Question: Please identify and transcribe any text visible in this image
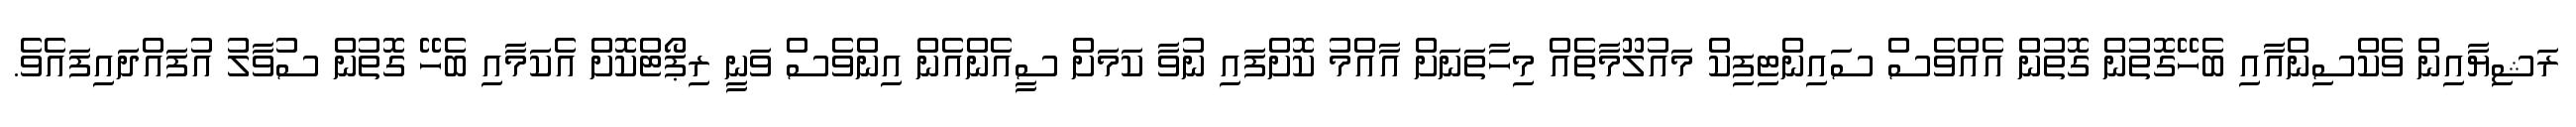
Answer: ރަޝިޔާއިން ވެކްސިންއާއި ބެހޭގޮތުން ގޮތުން އެއްވެސް ސައިންޓިފިކް މައުލޫމާތެއް މިހާތަނަށް އާއްމު ކޮށްފައި ނުވާ ކަމަށް ސީއެންއެން އިންވެސް ވަނީ ރިޕޯޓްކޮށް އެކަމާއި ބެހޭ ގޮތުން ސުވާލު އުފައްދައިފައެވެ.